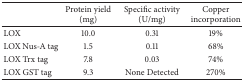
|  | Protein yield (mg) | Specific activity (U/mg) | Copper incorporation |
 | --- | --- | --- | --- |
 | LOX | 10.0 | 0.31 | 19% |
 | LOX Nus-A tag | 1.5 | 0.11 | 68% |
 | LOX Trx tag | 7.8 | 0.03 | 74% |
 | LOX GST tag | 9.3 | None Detected | 270% |